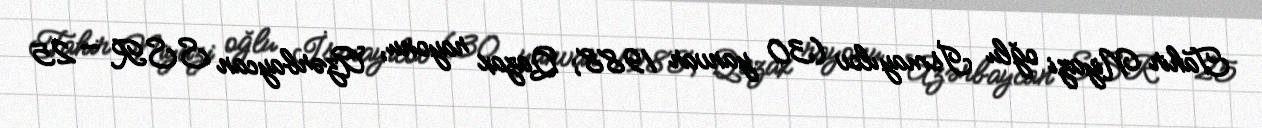
Tahir Niyazi oğlu İsmayılov (30 yanvar 1988; Qazax rayonu, Azərbaycan SSR — 25